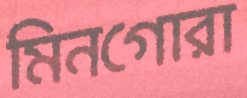
মিনগোরা